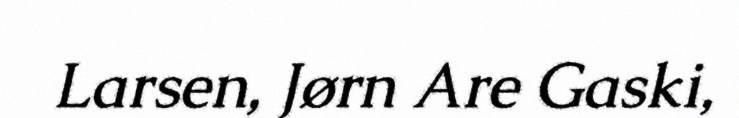
Larsen, Jørn Are Gaski,